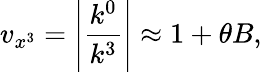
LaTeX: v_{x^{3}}=\left|\frac{k^{0}}{k^{3}}\right|\approx 1+\theta B,